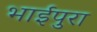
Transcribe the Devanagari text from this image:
भाईपुरा